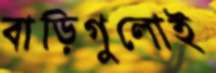
বাড়িগুলোই